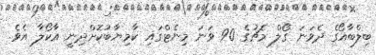
ބިލްބާއޯގެ ދެވަނަ ގޯލް މެޗުގެ 90 ވަނަ މިނެޓްގައި ކާމިޔާބުކޮށްދިނީ އާކޯލާ އެވެ.